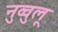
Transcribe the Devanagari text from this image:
नुव्वुलू